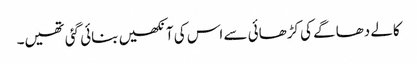
کالے دھاگے کی کڑھائی سے اس کی آنکھیں بنائی گئی تھیں۔